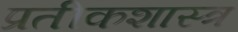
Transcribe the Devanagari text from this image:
प्रतीकशास्त्र